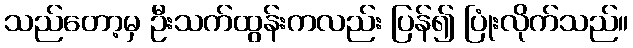
သည်တော့မှ ဦးသက်ထွန်းကလည်း ပြန်၍ ပြုံးလိုက်သည်။